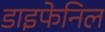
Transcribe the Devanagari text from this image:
डाइफेनिल